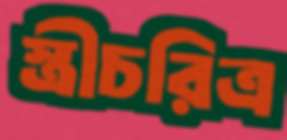
স্ত্রীচরিত্র